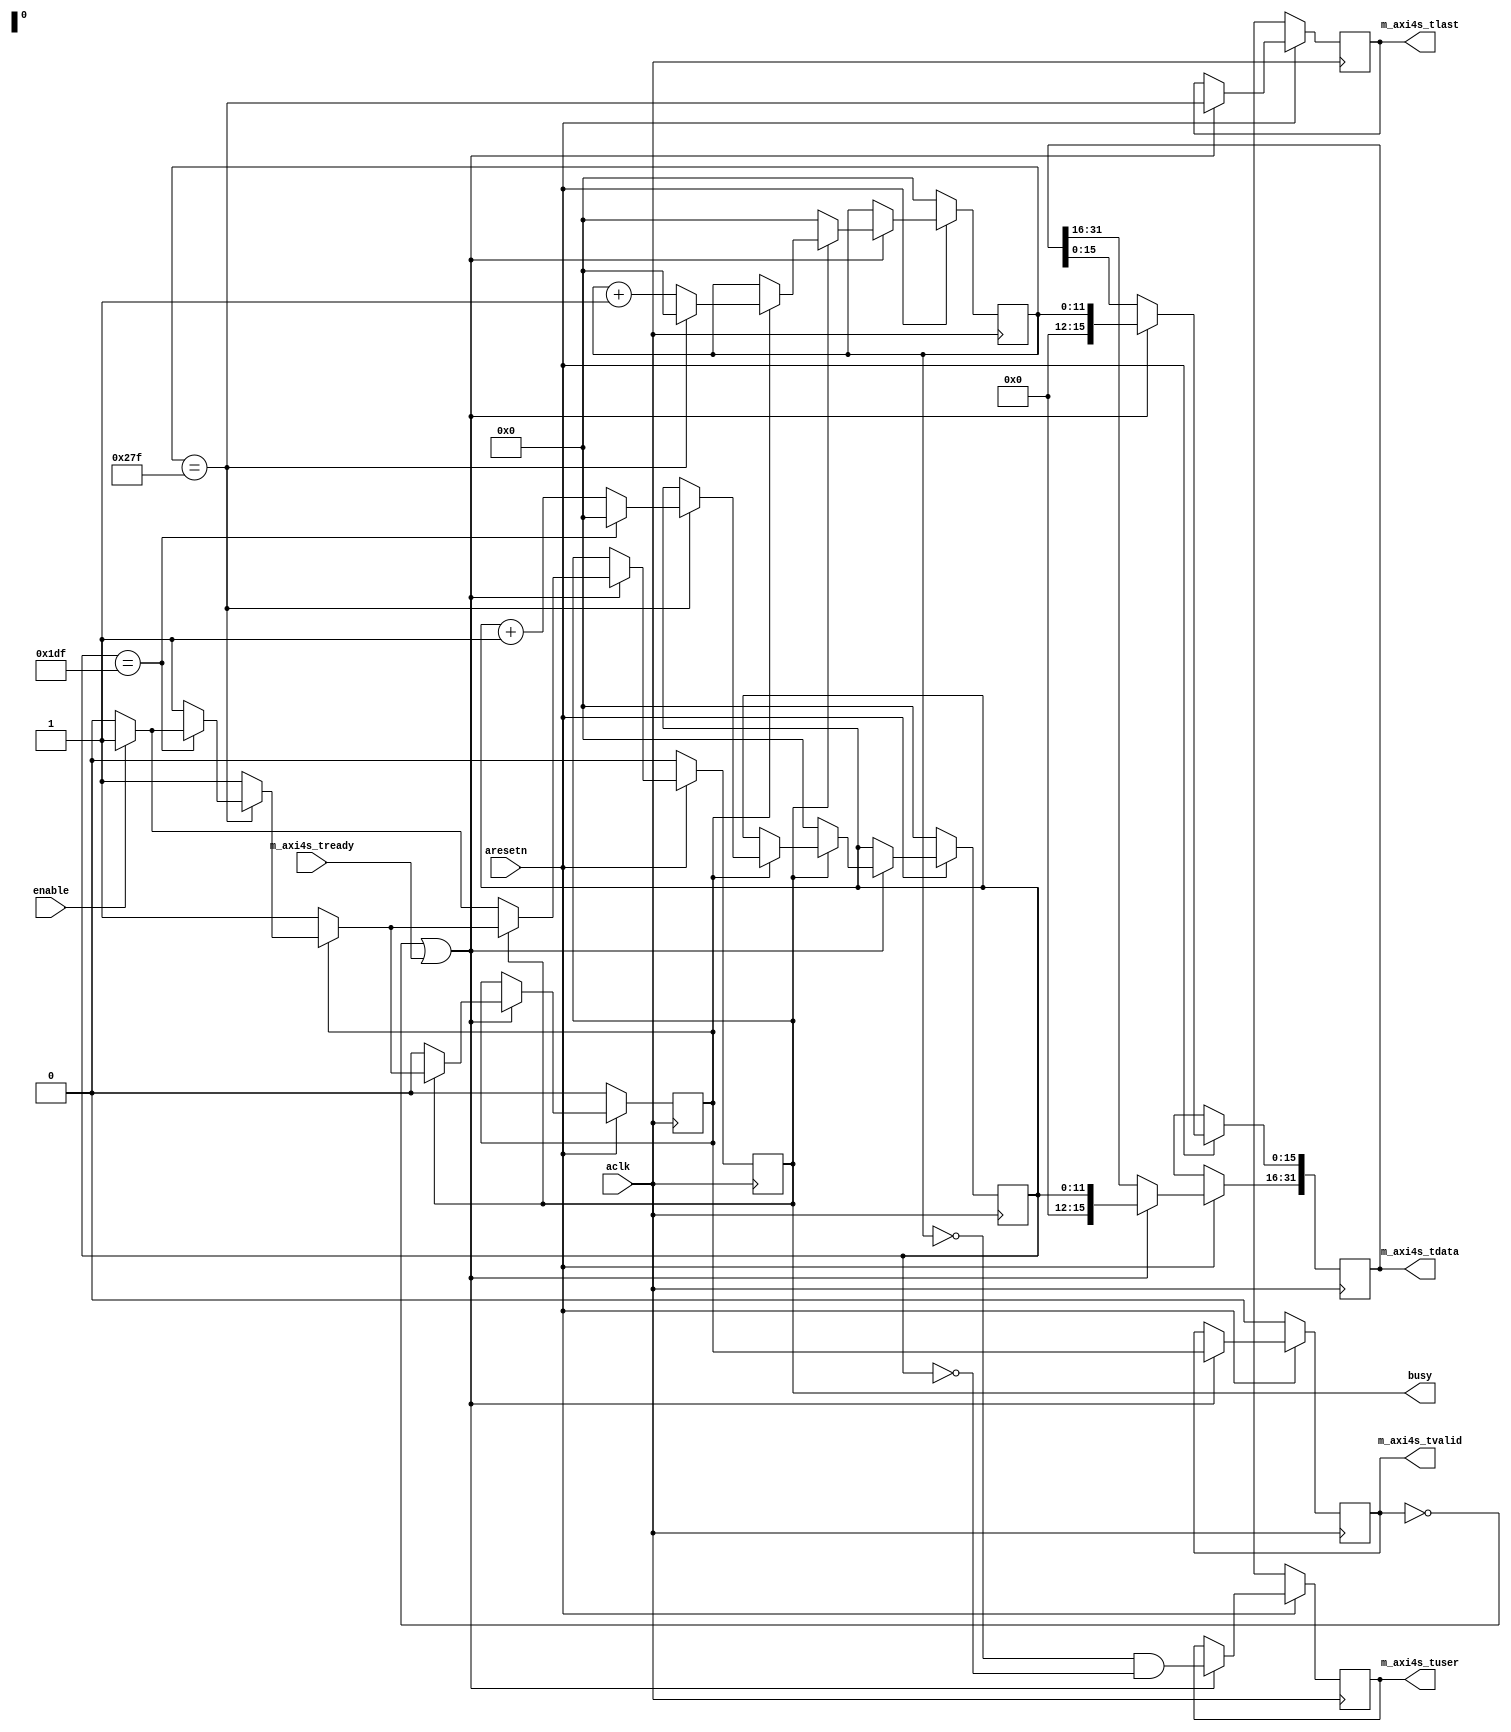
// ---------------------------------------------------------------------------
//  Jelly  -- The platform for real-time computing
//
//                                 Copyright (C) 2008-2015 by Ryuji Fuchikami
//                                 https://github.com/ryuz/jelly.git
// ---------------------------------------------------------------------------



`timescale 1ns / 1ps
`default_nettype none



// pattern generator
module jelly_pattern_generator_axi4s
        #(
            parameter   AXI4S_DATA_WIDTH = 32,
            parameter   X_NUM            = 640,
            parameter   Y_NUM            = 480,
            parameter   X_WIDTH          = 12,
            parameter   Y_WIDTH          = 12
        )
        (
            input   wire                            aresetn,
            input   wire                            aclk,
            
            input   wire                            enable,
            output  wire                            busy,
            
            output  wire    [AXI4S_DATA_WIDTH-1:0]  m_axi4s_tdata,
            output  wire                            m_axi4s_tlast,
            output  wire    [0:0]                   m_axi4s_tuser,
            output  wire                            m_axi4s_tvalid,
            input   wire                            m_axi4s_tready
        );
    
    
    wire                            cke = (!m_axi4s_tvalid || m_axi4s_tready);
    
    reg                             reg_busy;
    
    reg     [X_WIDTH-1:0]           st1_x;
    reg     [Y_WIDTH-1:0]           st1_y;
    reg                             st1_valid;
    
    reg     [AXI4S_DATA_WIDTH-1:0]  st2_tdata;
    reg                             st2_tlast;
    reg     [0:0]                   st2_tuser;
    reg                             st2_tvalid;
    
    always @(posedge aclk) begin
        if ( !aresetn ) begin
            reg_busy   <= 1'b0;
            
            st1_x      <= 0;
            st1_y      <= 0;
            st1_valid  <= 1'b0;
            
            st2_tdata  <= {AXI4S_DATA_WIDTH{1'bx}};
            st2_tlast  <= 1'bx;
            st2_tuser  <= 1'bx;
            st2_tvalid <= 1'b0;
        end
        else if ( cke ) begin
            if ( !reg_busy ) begin
                st1_x      <= 0;
                st1_y      <= 0;
                st1_valid  <= 1'b0;
                if ( enable ) begin
                    reg_busy <= 1'b1;
                end
            end
            else begin
                st1_valid <= 1'b1; // {$random};
                if ( st1_valid ) begin
                    st1_x <= st1_x + 1'b1;
                    if ( st1_x == (X_NUM-1) ) begin
                        st1_x <= 0;
                        st1_y <= st1_y + 1'b1;
                        if ( st1_y == (Y_NUM-1) ) begin
                            st1_y <= 0;
                            if ( !enable ) begin
                                reg_busy  <= 1'b0;
                                st1_valid <= 1'b0;
                            end
                        end
                    end
                end
            end
            
            st2_tdata[AXI4S_DATA_WIDTH/2-1:0]                <= st1_x;
            st2_tdata[AXI4S_DATA_WIDTH-1:AXI4S_DATA_WIDTH/2] <= st1_y;
            st2_tlast                                        <= (st1_x == X_NUM-1);
            st2_tuser                                        <= ((st1_x == 0) && (st1_y == 0));
            st2_tvalid                                       <= st1_valid;
        end
    end
    
    assign busy           = reg_busy;
    
    assign m_axi4s_tdata  = st2_tdata;
    assign m_axi4s_tlast  = st2_tlast;
    assign m_axi4s_tuser  = st2_tuser;
    assign m_axi4s_tvalid = st2_tvalid;
    
endmodule


`default_nettype wire


// end of file